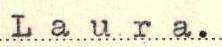
Laura.